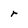
Character: r